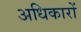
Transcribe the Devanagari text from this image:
अधिकारों